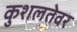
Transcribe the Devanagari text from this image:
कुशलतेवर